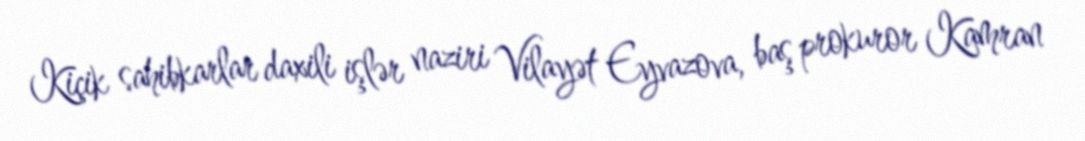
Kiçik sahibkarlar daxili işlər naziri Vilayət Eyvazova, baş prokuror Kamran